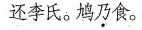
还李氏。鸠乃食。